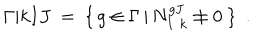
\Gamma \vert { k } { I } { J } \ = \ \{ \, g \in \Gamma \, | \, N _ { I \, \, k } ^ { g J } \neq 0 \ \} \ \ .